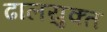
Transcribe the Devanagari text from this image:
ढालयुक्त